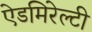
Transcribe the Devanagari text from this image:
ऐडमिरेल्टी